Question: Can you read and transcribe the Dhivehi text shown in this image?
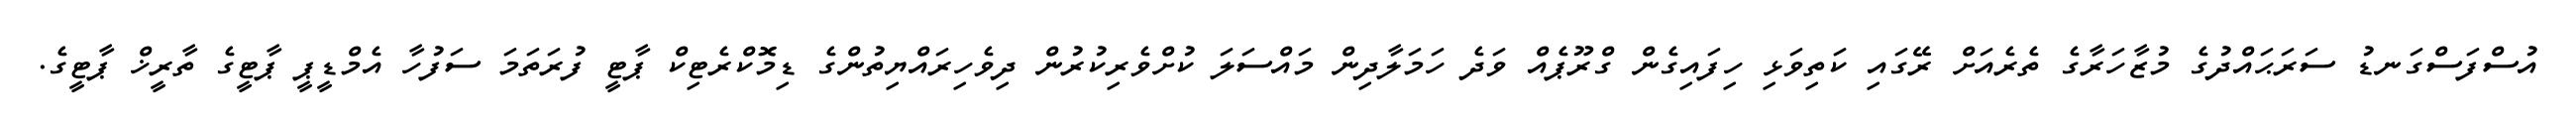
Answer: އުސްފަސްގަނޑު ސަރަޙައްދުގެ މުޒާހަރާގެ ތެރެއަށް ރޭގައި ކަތިވަޅި ހިފައިގެން ގްރޫޕެއް ވަދެ ހަމަލާދިން މައްސަލަ ކުށްވެރިކުރުން ދިވެހިރައްޔިތުންގެ ޑިމޮކްރެޓިކް ޕާޓީ ފުރަތަމަ ސަފުހާ އެމްޑީޕީ ޕާޓީގެ ތާރީޚް ޕާޓީގެ.